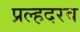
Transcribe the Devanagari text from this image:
प्रल्हदरव